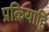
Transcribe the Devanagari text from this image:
प्रक्रियाहि